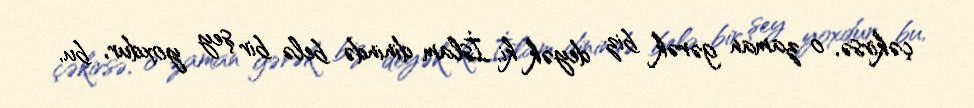
çəkirsə, o zaman gərək biz deyək ki, İslam dinində belə bir şey yoxdur, bu,